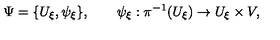
\Psi = \{ U _ { \xi } , \psi _ { \xi } \} , \qquad \psi _ { \xi } : \pi ^ { - 1 } ( U _ { \xi } ) \to U _ { \xi } \times V ,